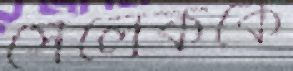
সেলেককে